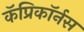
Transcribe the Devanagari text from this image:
कॅप्रिकॉर्नस